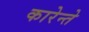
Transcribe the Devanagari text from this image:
कारेन्ते